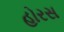
હોરસ